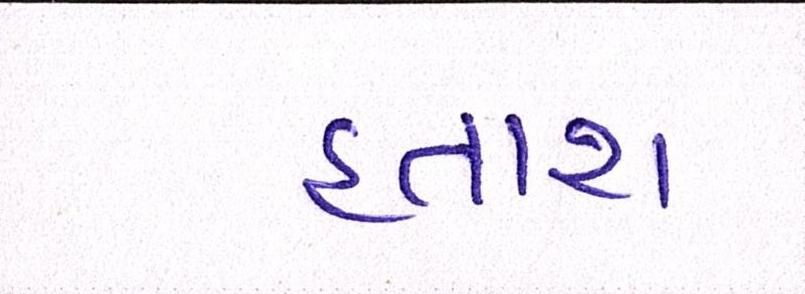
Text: હતાશ